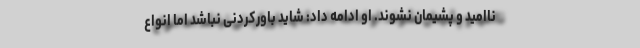
ناامید و پشیمان نشوند. او ادامه داد: شاید باورکردنی نباشد اما انواع